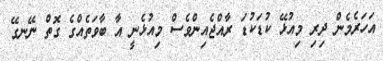
އަހަރެމެން ދިރި މިއުޅޭ ކުޑަކުޑަ ރާއްޖެއިންވެސް މިއުޅެނީ އާ ބާވަތެއްގެ ގޮތް ނޭނގޭ